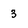
Character: 3